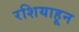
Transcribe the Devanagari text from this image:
रशियाहून